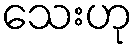
သေးဟု